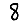
Digit: 8